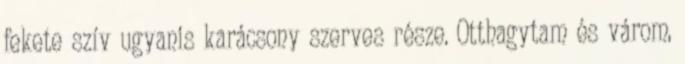
fekete szív ugyanis karácsony szerves része. Otthagytam és várom,